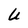
Character: U